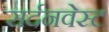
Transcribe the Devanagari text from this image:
सर्दनवेस्ट